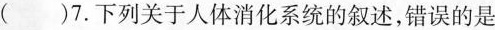
( )7.下列关于人体消化系统的叙述，错误的是